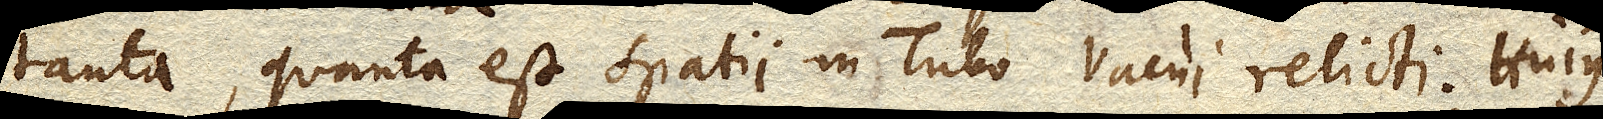
tanta, quanta est spatii in Tubo Vacui relicti. Hujus